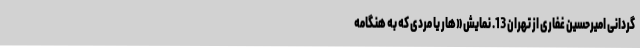
گردانی امیرحسین غفاری از تهران 13. نمایش «هار یا مردی که به هنگامه